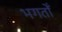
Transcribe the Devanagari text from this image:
भगतोँ